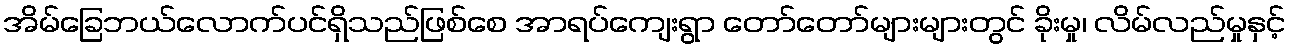
အိမ်ခြေဘယ်လောက်ပင်ရှိသည်ဖြစ်စေ အာရပ်ကျေးရွာ တော်တော်များများတွင် ခိုးမှု၊ လိမ်လည်မှုနှင့်